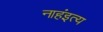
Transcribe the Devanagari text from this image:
नाहंइत्य